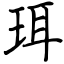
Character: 珥